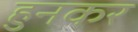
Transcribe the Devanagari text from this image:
हुनकर